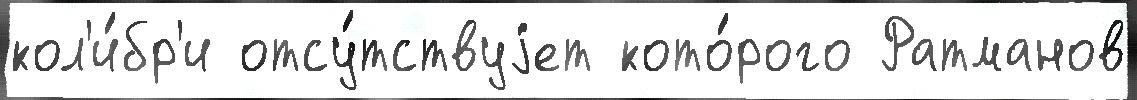
кол'и́бр'и отсу́тствуjет кото́рого Ратманов